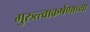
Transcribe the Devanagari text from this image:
गुरुत्त्वाकर्षणाच्या